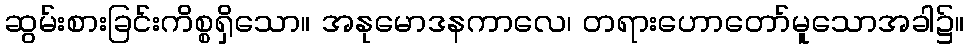
ဆွမ်းစားခြင်းကိစ္စရှိသော။ အနုမောဒနကာလေ၊ တရားဟောတော်မူသောအခါ၌။